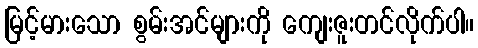
မြင့်မားသော စွမ်းအင်များကို ကျေးဇူးတင်လိုက်ပါ။